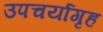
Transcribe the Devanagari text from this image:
उपचर्यागृह